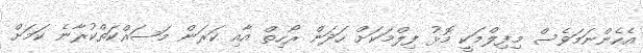
އެހެންނަމަވެސް މިފިލްމަކީ މޮޅު ފިލްމަކަށް ހަދަން ރޯހިތް އާއި ކަރަން މަސައްކަތްކުރާނެ ކަމަށް